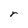
Character: r